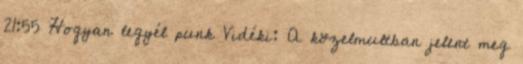
21:55 Hogyan legyél punk Vidéki: A közelmultban jelent meg